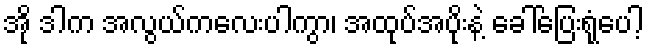
အို ဒါက အလွယ်ကလေးပါကွာ၊ အထုပ်အပိုးနဲ့ ခေါ်ပြေးရုံပေါ့